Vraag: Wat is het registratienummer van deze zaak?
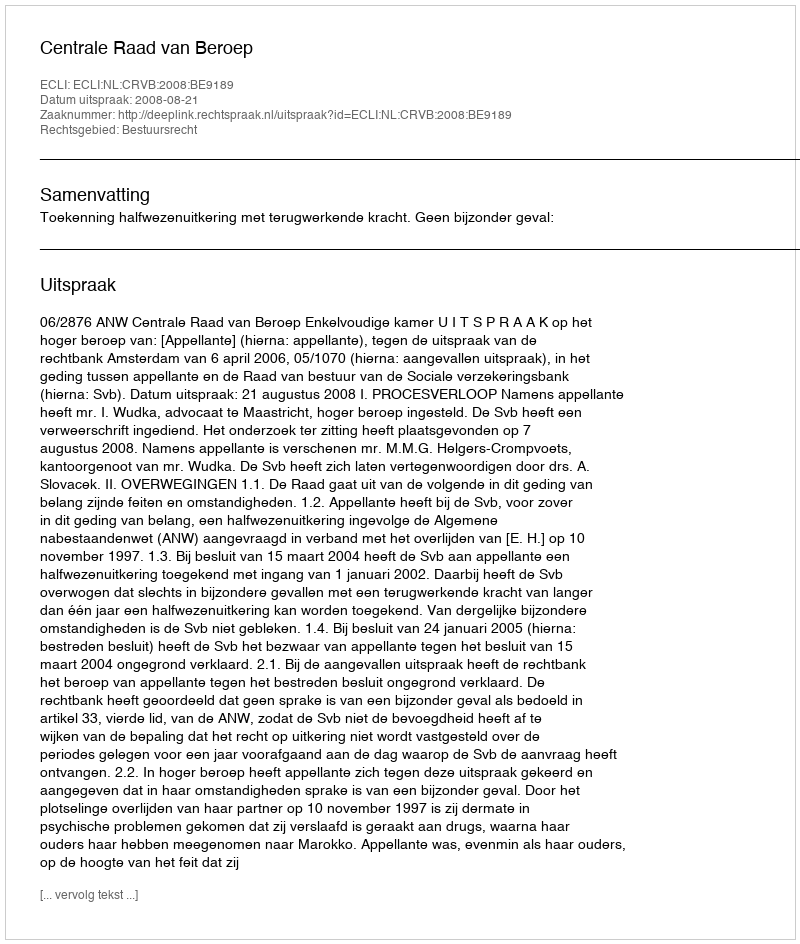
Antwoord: http://deeplink.rechtspraak.nl/uitspraak?id=ECLI:NL:CRVB:2008:BE9189